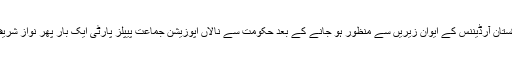
ان حالات میں طالبان سے مذاکرات اور اب تحفظ پاکستان آرڈیننس کے ایوان زیریں سے منظور ہو جانے کے بعد حکومت سے نالاں اپوزیشن جماعت پیپلز پارٹی ایک بار پھر نواز شریف کی حکومت کی حمایت میں آواز بلند کر رہی ہے۔